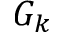
G _ { k }